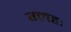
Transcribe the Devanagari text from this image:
ग्लहः